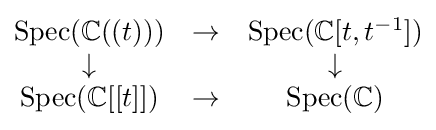
{\begin{matrix}{\text{Spec}}(\mathbb {C} ((t)))&\to &{\text{Spec}}(\mathbb {C} [t,t^{-1}])\\\downarrow &&\downarrow \\{\text{Spec}}(\mathbb {C} [[t]])&\to &{\text{Spec}}(\mathbb {C} )\end{matrix}}